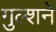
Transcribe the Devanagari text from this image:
गुल्शने